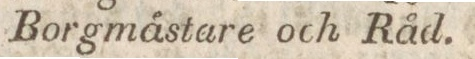
Borgmästare och Råd.